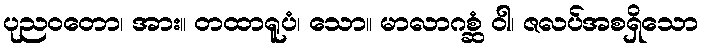
ပုညဝတော၊ အား။ တထာရူပံ၊ သော။ မာလာဂစ္ဆံ ဝါ၊ ဇလပ်အစရှိသော